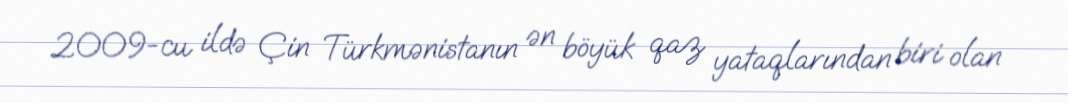
2009-cu ildə Çin Türkmənistanın ən böyük qaz yataqlarından biri olan